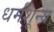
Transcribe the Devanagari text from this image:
धर्मशून्य